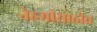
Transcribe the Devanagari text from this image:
नेहमीसाठीच